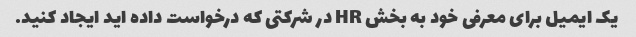
یک ایمیل برای معرفی خود به بخش HR در شرکتی که درخواست داده اید ایجاد کنید.